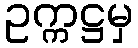
ဥက္ကဋ္ဌမှ